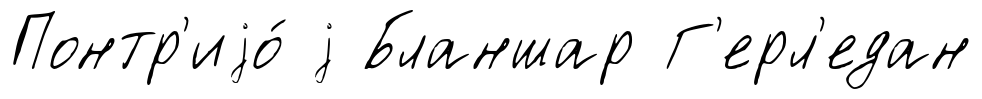
Понтр'иjо́ j Бланшар Г'ерл'едан